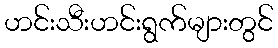
ဟင်းသီးဟင်းရွက်များတွင်